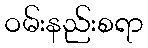
ဝမ်းနည်းစရာ